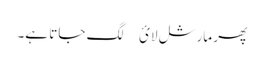
پھر مارشل لائ￿ لگ جاتا ہے۔